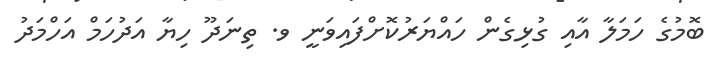
ބޮމުގެ ހަމަލާ އާއި ގުޅިގެން ހައްޔަރުކޮށްފައިވަނީ ވ. ތިނަދޫ ހިޔާ އަދުހަމް އަހްމަދު